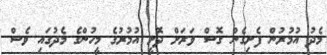
މެދު އުމުރުން ފެށިގެން ގޮސް ވަރަށް ދޮށީ އުމުރުގެ މީހުންގެ މެދުގައި ވެސް